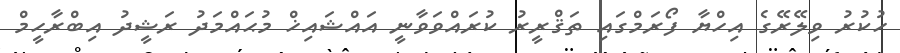
ހުކުރު ވިލޭރޭގެ އިހްޔާ ފޯރަމްގައި ތަޤްރީރު ކުރައްވަވާނީ އައްޝައިޚް މުޙައްމަދު ރަޝީދު އިބްރާހީމް